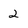
Character: 2